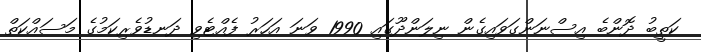
ކަތީބު ދޮންބެ އިސްނަންގަވައިގެން ނިލަންދޫގައި 1990 ވަނަ އަހަރު ފެއްޓެވި ދަނޑުވެރިކަމުގެ މަސައްކަތް